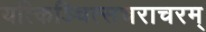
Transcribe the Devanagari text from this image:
यत्किञ्चित्सचराचरम्